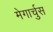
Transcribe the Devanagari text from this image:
मेगार्चुस